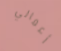
أعمالي